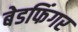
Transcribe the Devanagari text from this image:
बेडफिंगर